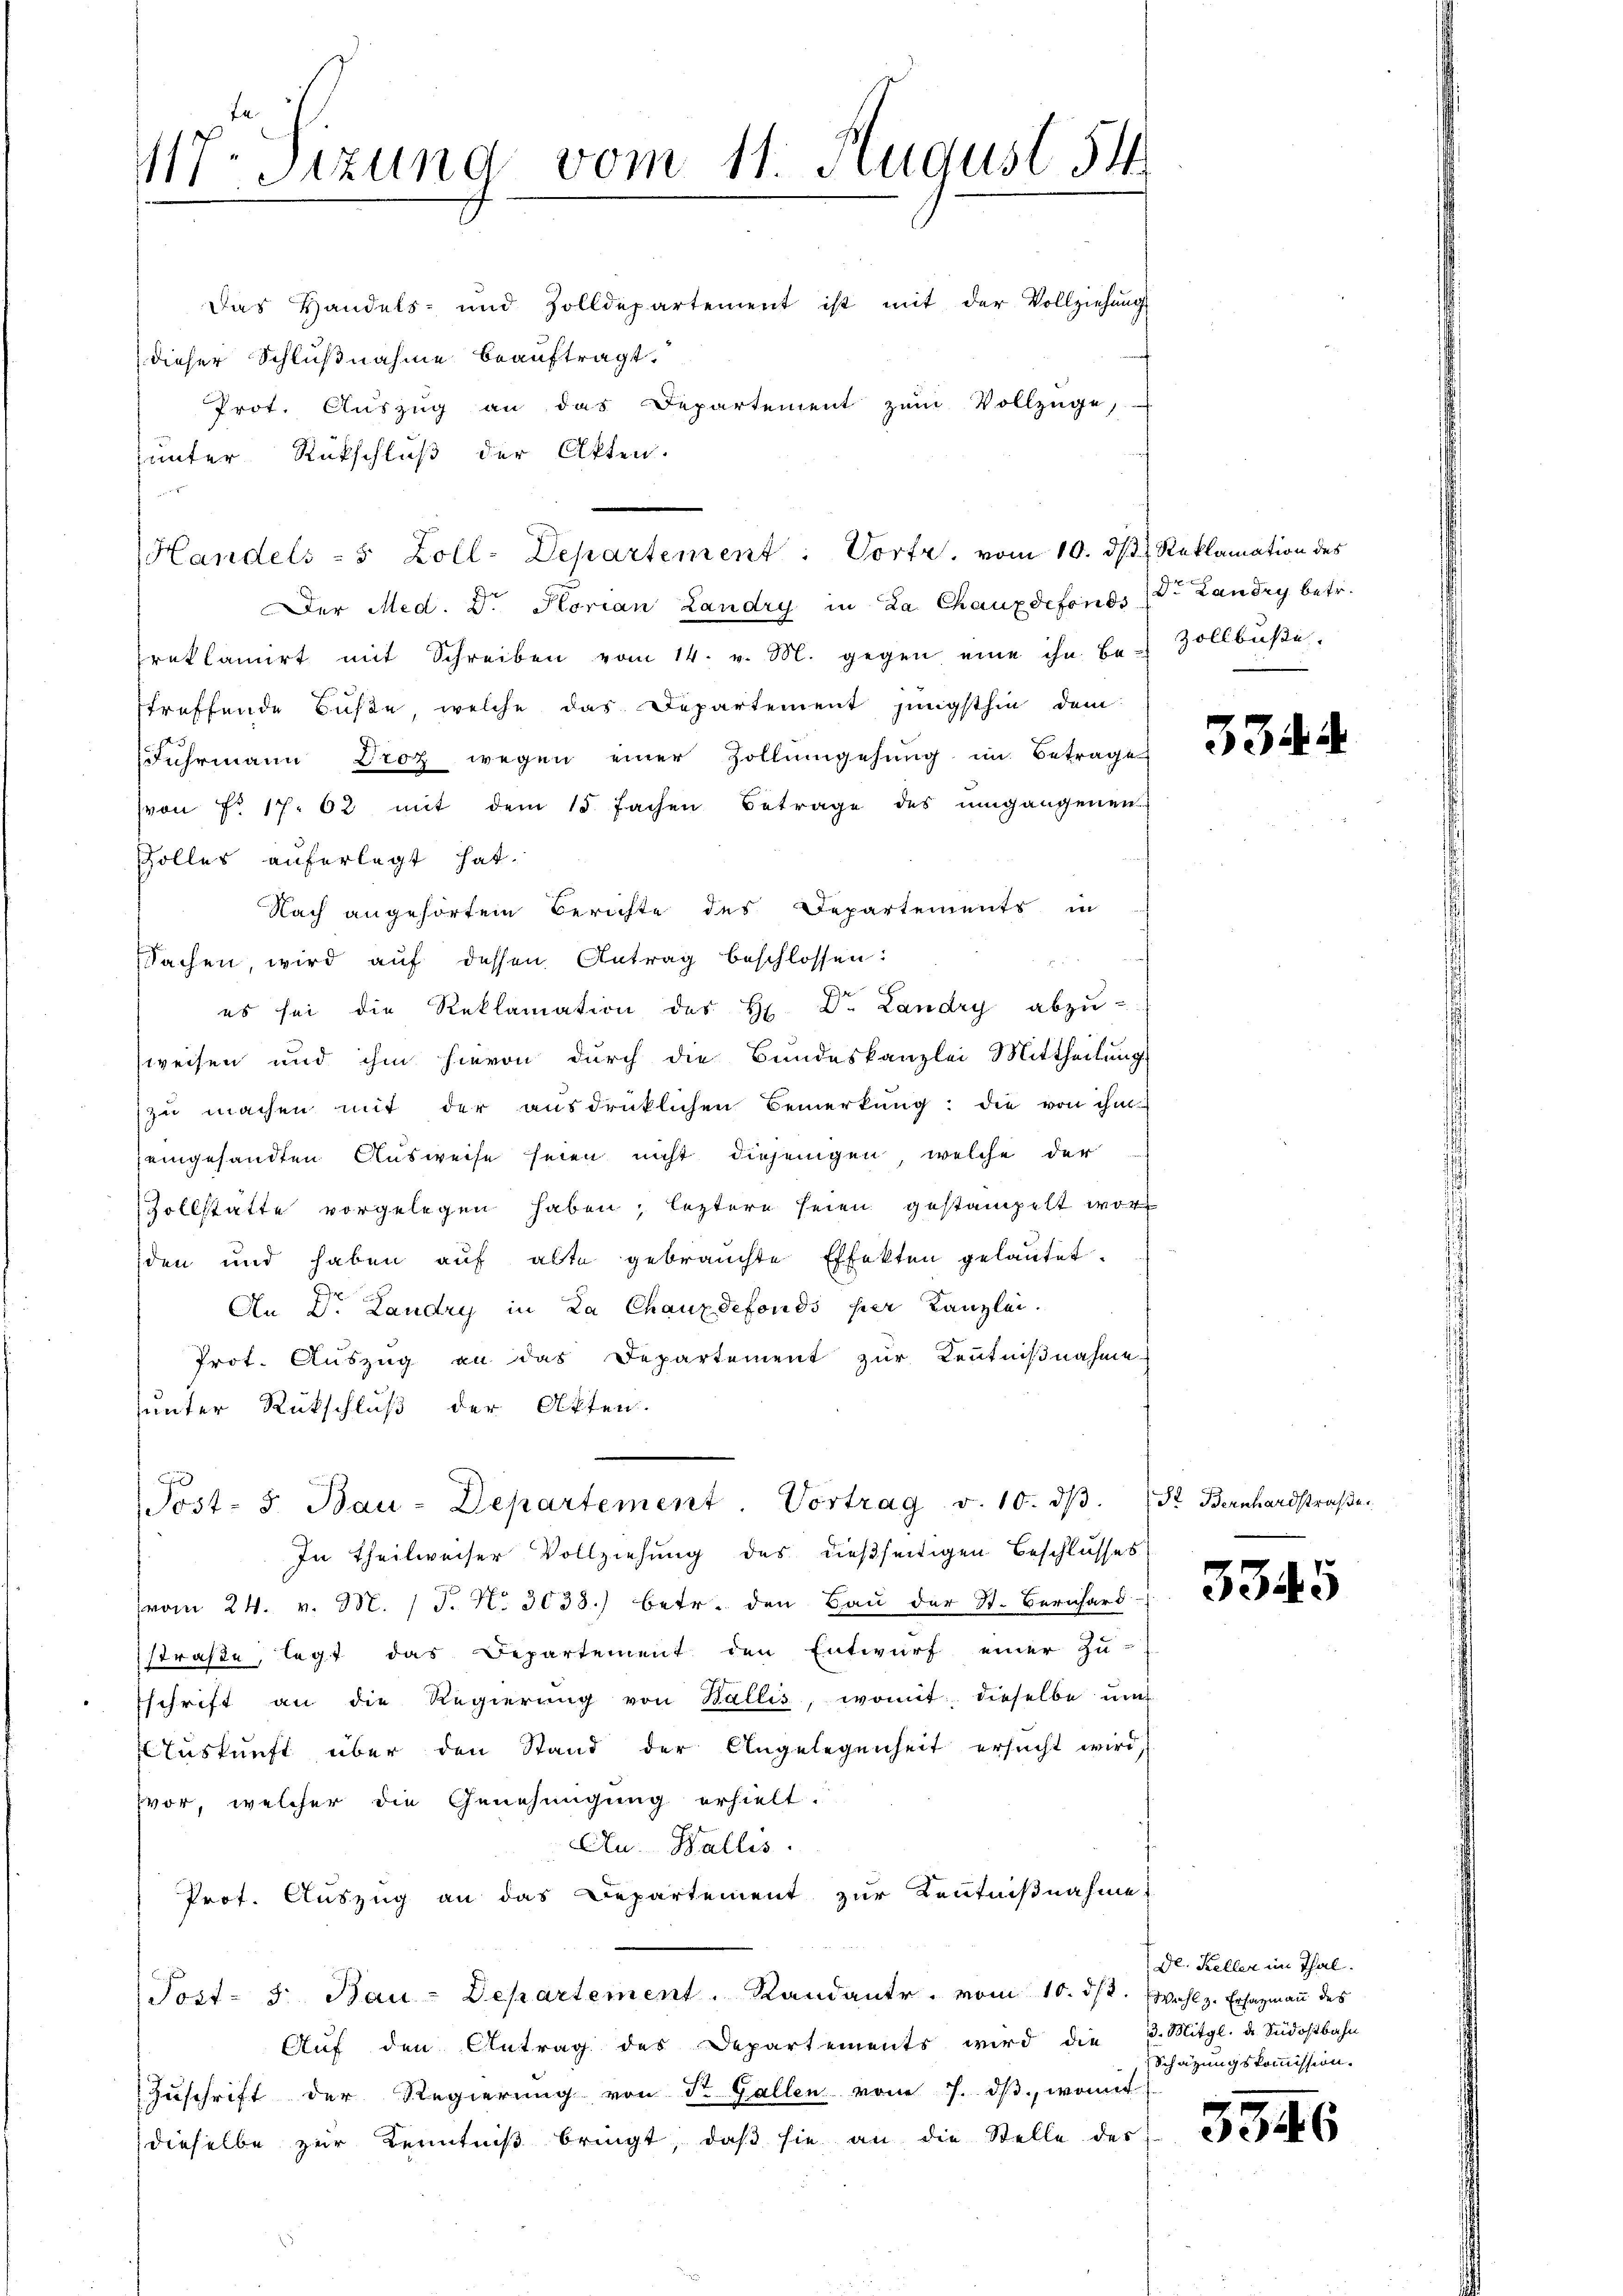
117. Sitzung vom 11. August 54.

Das Handels- und Zolldepartement ist mit der Vollziehung
dieser Schlußnahme beauftragt.
Prot. Aŭszŭg an das Departement zŭm Vollzüge,
junter Rückschluß der Akten.
Der Med. D. Korian Landry in La Chauxdefonds (Dr. Landry betr.
reklamirt mit Schreiben vom 14. v. M. gegen eine ihn be-Zollbŭβe,
treffende Buße, welche das Departement jüngsthin dem
Fuhrmann Brot wegen einer Zollumgehung im Betrage
(von Nr. 17. 62 mit dem 15. fachen Betrage des umgangenen
Zolles auferlegt hat.
Nach angehörten Berichte des Departements in
Sachen, wird aŭf dessen Antrag beschlossen:
es sei die Reklamation des H. Dr. Landry abzŭ-
weisen und ihm hievon durch die Bundeskanzlei Mittheilung
zŭ machen mit der aŭsdrücklichen Bemerkŭng: die von ihm
eingesandten Ausweise seien nicht diejenigen, welche der
Zollstätte vorgelegen haben, leztere seien gestampelt worden und haben auf alte gebrauchte Effekten gelautet.
An Dr. Landry in La Chauxdefonds her Kanzlei.
Prot. Auszug an das Departement zur Kenntniβnahme
unter Rückschluß der Akten.
Post- 5. Bau-Departement Vortrag v. 10. dβ. St. Bernhardstraβe
In Theilweiser Vollziehung des dießseitigen Beschlusses
(vom 24. v. M. 1 P. Nr. 3033.) betr. den Bau der St. Bernhard-
straße, legt das Departement den Entwurf einer Zu-
schrift an die Regierŭng von Wallis, womit dieselbe um
Auskunft über den Stand der Angelegenheit ersucht wird
vor, welcher die Genehmigung erhielt.
Au. Wallis.
Prot. Auszug an das Departement zur Kenntnißnahme
Post- 5. Bau-Departement. Randante. vom 10. ds. Wahl z. Erhagmann des
Aŭf den Antrag des Departements wird die 3. Mitgl. u. Südostbahn
Zuschrift der Regierung von St. Gallen vom 7. dβ. womit
dieselbe zur Kenntniß bringt, daß sie an die Stelle des

HHandels- 5 Zoll-Departement: Vortr. vom 10. ds Reklamation des

534.

3345

De. Keller im Thal.
Schätzungskommission.

5546